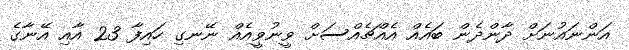
އަންނައުނަށް ދާންދެން ބައެއް އެއްޗެއްސަށް ވީނުވީއެއް ނޭނގި ހައިފާ 23 އާއި އޭނާގެ